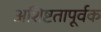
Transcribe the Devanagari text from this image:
अशिष्टतापूर्वक